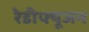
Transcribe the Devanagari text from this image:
रेडीफ्यूजन